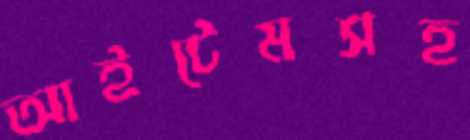
আইটেমসহ